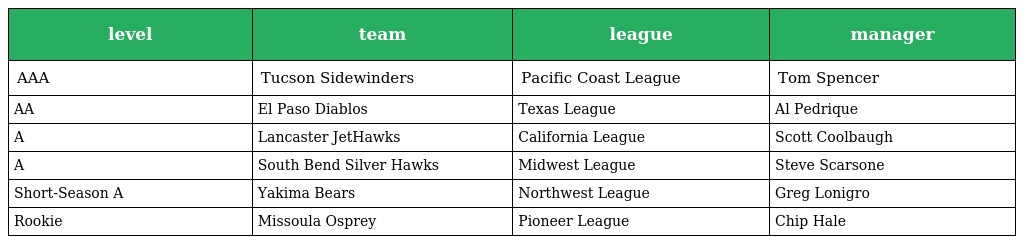
| level | team | league | manager |
 | --- | --- | --- | --- |
 | AAA | Tucson Sidewinders | Pacific Coast League | Tom Spencer |
 | AA | El Paso Diablos | Texas League | Al Pedrique |
 | A | Lancaster JetHawks | California League | Scott Coolbaugh |
 | A | South Bend Silver Hawks | Midwest League | Steve Scarsone |
 | Short-Season A | Yakima Bears | Northwest League | Greg Lonigro |
 | Rookie | Missoula Osprey | Pioneer League | Chip Hale |